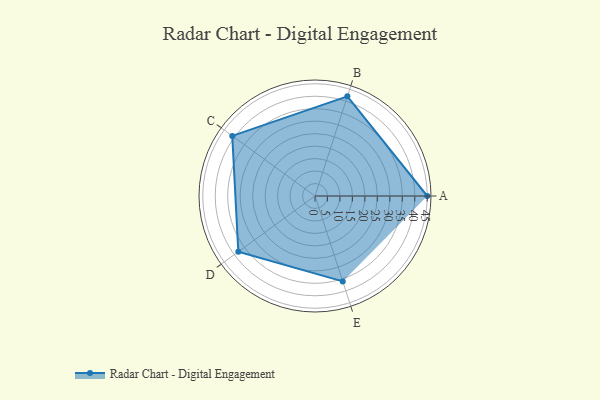
{"axis": {"x": "Skill", "y": "Score"}, "legend": ["Profile"], "data": [{"x": "A", "y": 45.0, "type": "Profile"}, {"x": "B", "y": 42.0, "type": "Profile"}, {"x": "C", "y": 41.0, "type": "Profile"}, {"x": "D", "y": 38.0, "type": "Profile"}, {"x": "E", "y": 36.0, "type": "Profile"}]}